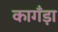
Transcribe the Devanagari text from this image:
कागँड़ा